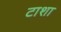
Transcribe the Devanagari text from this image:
टाशा